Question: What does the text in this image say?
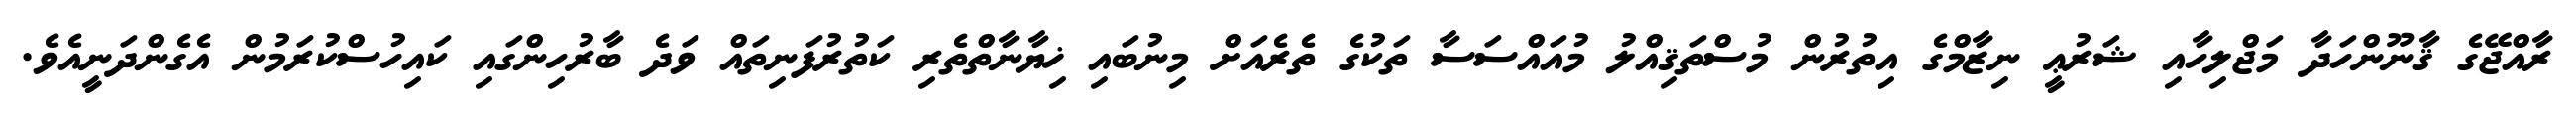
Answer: ރާއްޖޭގެ ޤާނޫންހަދާ މަޖްލިހާއި ޝަރުޢީ ނިޒާމްގެ އިތުރުން މުސްތަޤިއްލު މުއައްސަސާ ތަކުގެ ތެރެއަށް މިނުބައި ޚިޔާނާތްތެރި ކަތުރުފަނިތައް ވަދެ ބާރުހިންގައި ކައިހުސްކުރަމުން އެގެންދަނީއެވެ.